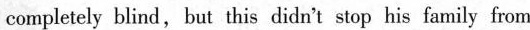
completely blind, but this didn't stop his family from